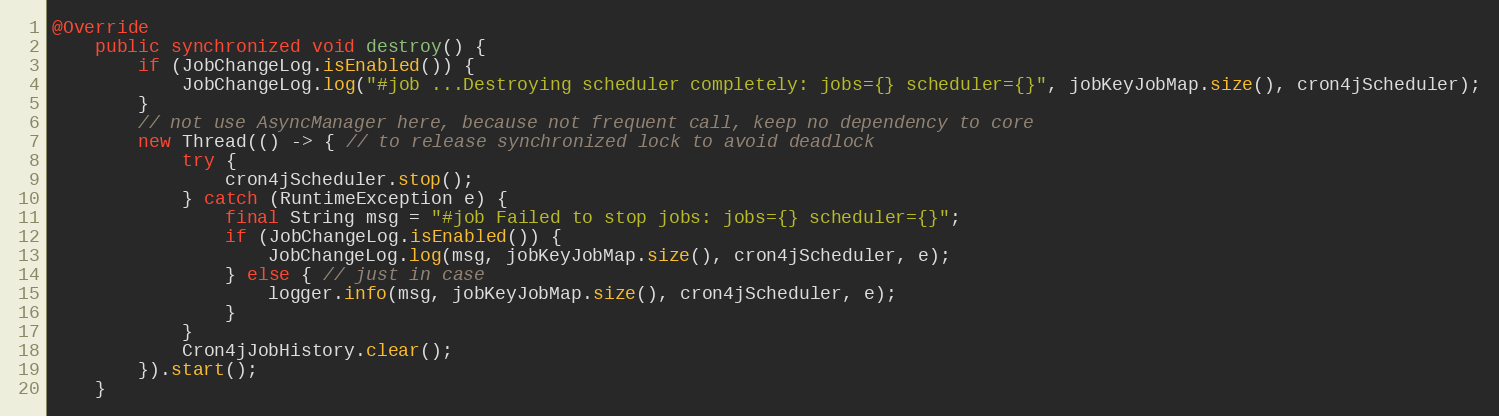
Language: Java
@Override
    public synchronized void destroy() {
        if (JobChangeLog.isEnabled()) {
            JobChangeLog.log("#job ...Destroying scheduler completely: jobs={} scheduler={}", jobKeyJobMap.size(), cron4jScheduler);
        }
        // not use AsyncManager here, because not frequent call, keep no dependency to core
        new Thread(() -> { // to release synchronized lock to avoid deadlock
            try {
                cron4jScheduler.stop();
            } catch (RuntimeException e) {
                final String msg = "#job Failed to stop jobs: jobs={} scheduler={}";
                if (JobChangeLog.isEnabled()) {
                    JobChangeLog.log(msg, jobKeyJobMap.size(), cron4jScheduler, e);
                } else { // just in case
                    logger.info(msg, jobKeyJobMap.size(), cron4jScheduler, e);
                }
            }
            Cron4jJobHistory.clear();
        }).start();
    }